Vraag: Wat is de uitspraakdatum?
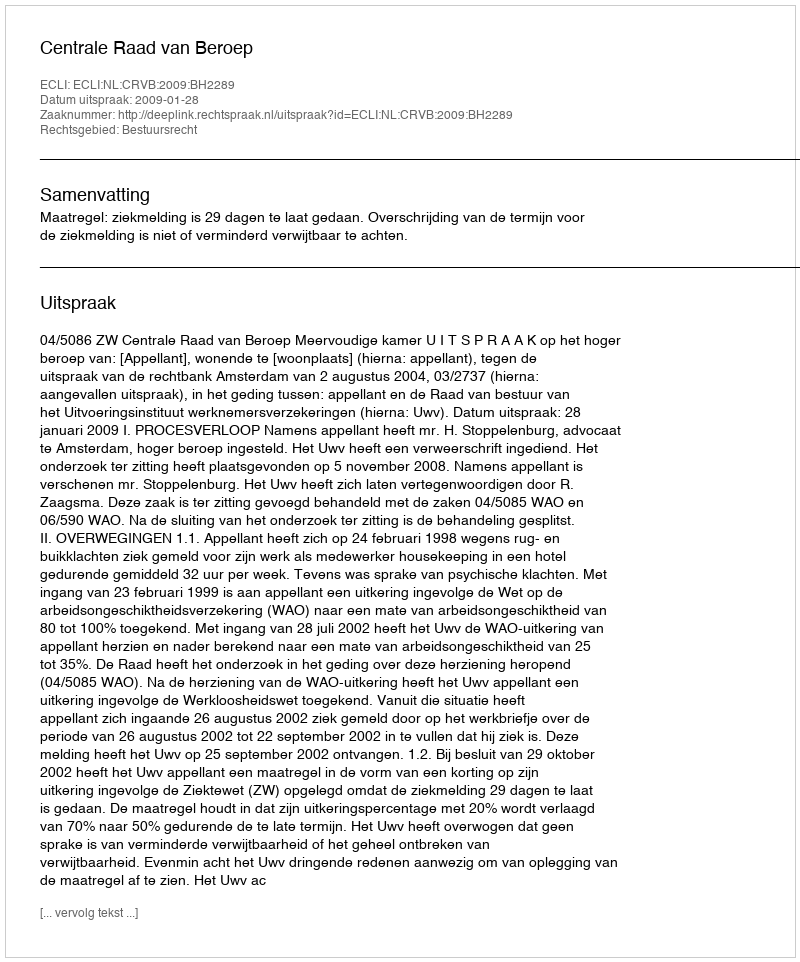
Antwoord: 2009-01-28